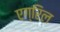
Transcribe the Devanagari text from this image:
एग्रिल